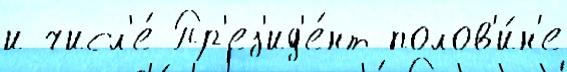
и числ'е́ Пр'ез'ид'е́нт полов'и́н'е